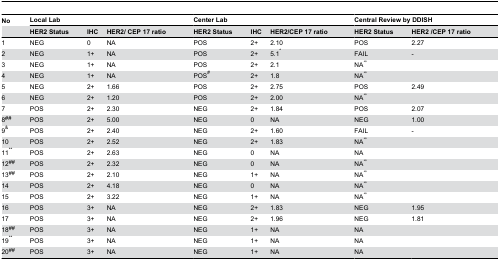
| No | <COLSPAN=3> Local Lab | <COLSPAN=3> Center Lab | <COLSPAN=2> Central Review by DDISH |
 |  | HER2 Status | IHC | HER2/ CEP 17 ratio | HER2 Status | IHC | HER2/CEP 17 ratio | HER2 Status | HER2 /CEP 17 ratio |
 | --- | --- | --- | --- | --- | --- | --- | --- | --- |
 | 1 | NEG | 0 | NA | POS | 2+ | 2.10 | POS | 2.27 |
 | 2 | NEG | 1+ | NA | POS | 2+ | 5.1* | FAIL | - |
 | 3 | NEG | 1+ | NA | POS | 2+ | 2.1 | NA∞ |  |
 | 4 | NEG | 1+ | NA | POS# | 2+ | 1.8 | NA∞ |  |
 | 5 | NEG | 2+ | 1.66 | POS | 2+ | 2.75 | POS | 2.49 |
 | 6 | NEG | 2+ | 1.20 | POS | 2+ | 2.00 | NA∞ |  |
 | 7 | POS | 2+ | 2.30 | NEG | 2+ | 1.84 | POS | 2.07 |
 | 8## | POS | 2+ | 5.00 | NEG | 0 | NA | NEG | 1.00 |
 | 9& | POS | 2+ | 2.40 | NEG | 2+ | 1.60 | FAIL | - |
 | 10 | POS | 2+ | 2.52 | NEG | 2+ | 1.83 | NA∞ |  |
 | 11** | POS | 2+ | 2.63 | NEG | 0 | NA | NA |  |
 | 12## | POS | 2+ | 2.32 | NEG | 0 | NA | NA∞ |  |
 | 13## | POS | 2+ | 2.10 | NEG | 1+ | NA | NA∞ |  |
 | 14 | POS | 2+ | 4.18 | NEG | 0 | NA | NA∞ |  |
 | 15 | POS | 2+ | 3.22 | NEG | 1+ | NA | NA∞ |  |
 | 16 | POS | 3+ | NA | NEG | 2+ | 1.83 | NEG | 1.95 |
 | 17 | POS | 3+ | NA | NEG | 2+ | 1.96 | NEG | 1.81 |
 | 18## | POS | 3+ | NA | NEG | 1+ | NA | NA |  |
 | 19** | POS | 3+ | NA | NEG | 1+ | NA | NA |  |
 | 20## | POS | 3+ | NA | NEG | 1+ | NA | NA |  |